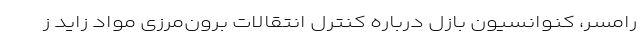
رامسر، کنوانسیون بازل درباره کنترل انتقالات برون‌مرزی مواد زاید ز